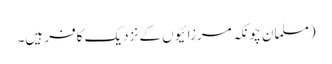
(مسلمان چونکہ مرزائیوں کے نزدیک کافر ہیں۔